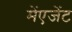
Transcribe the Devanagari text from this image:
मेंएजेंट